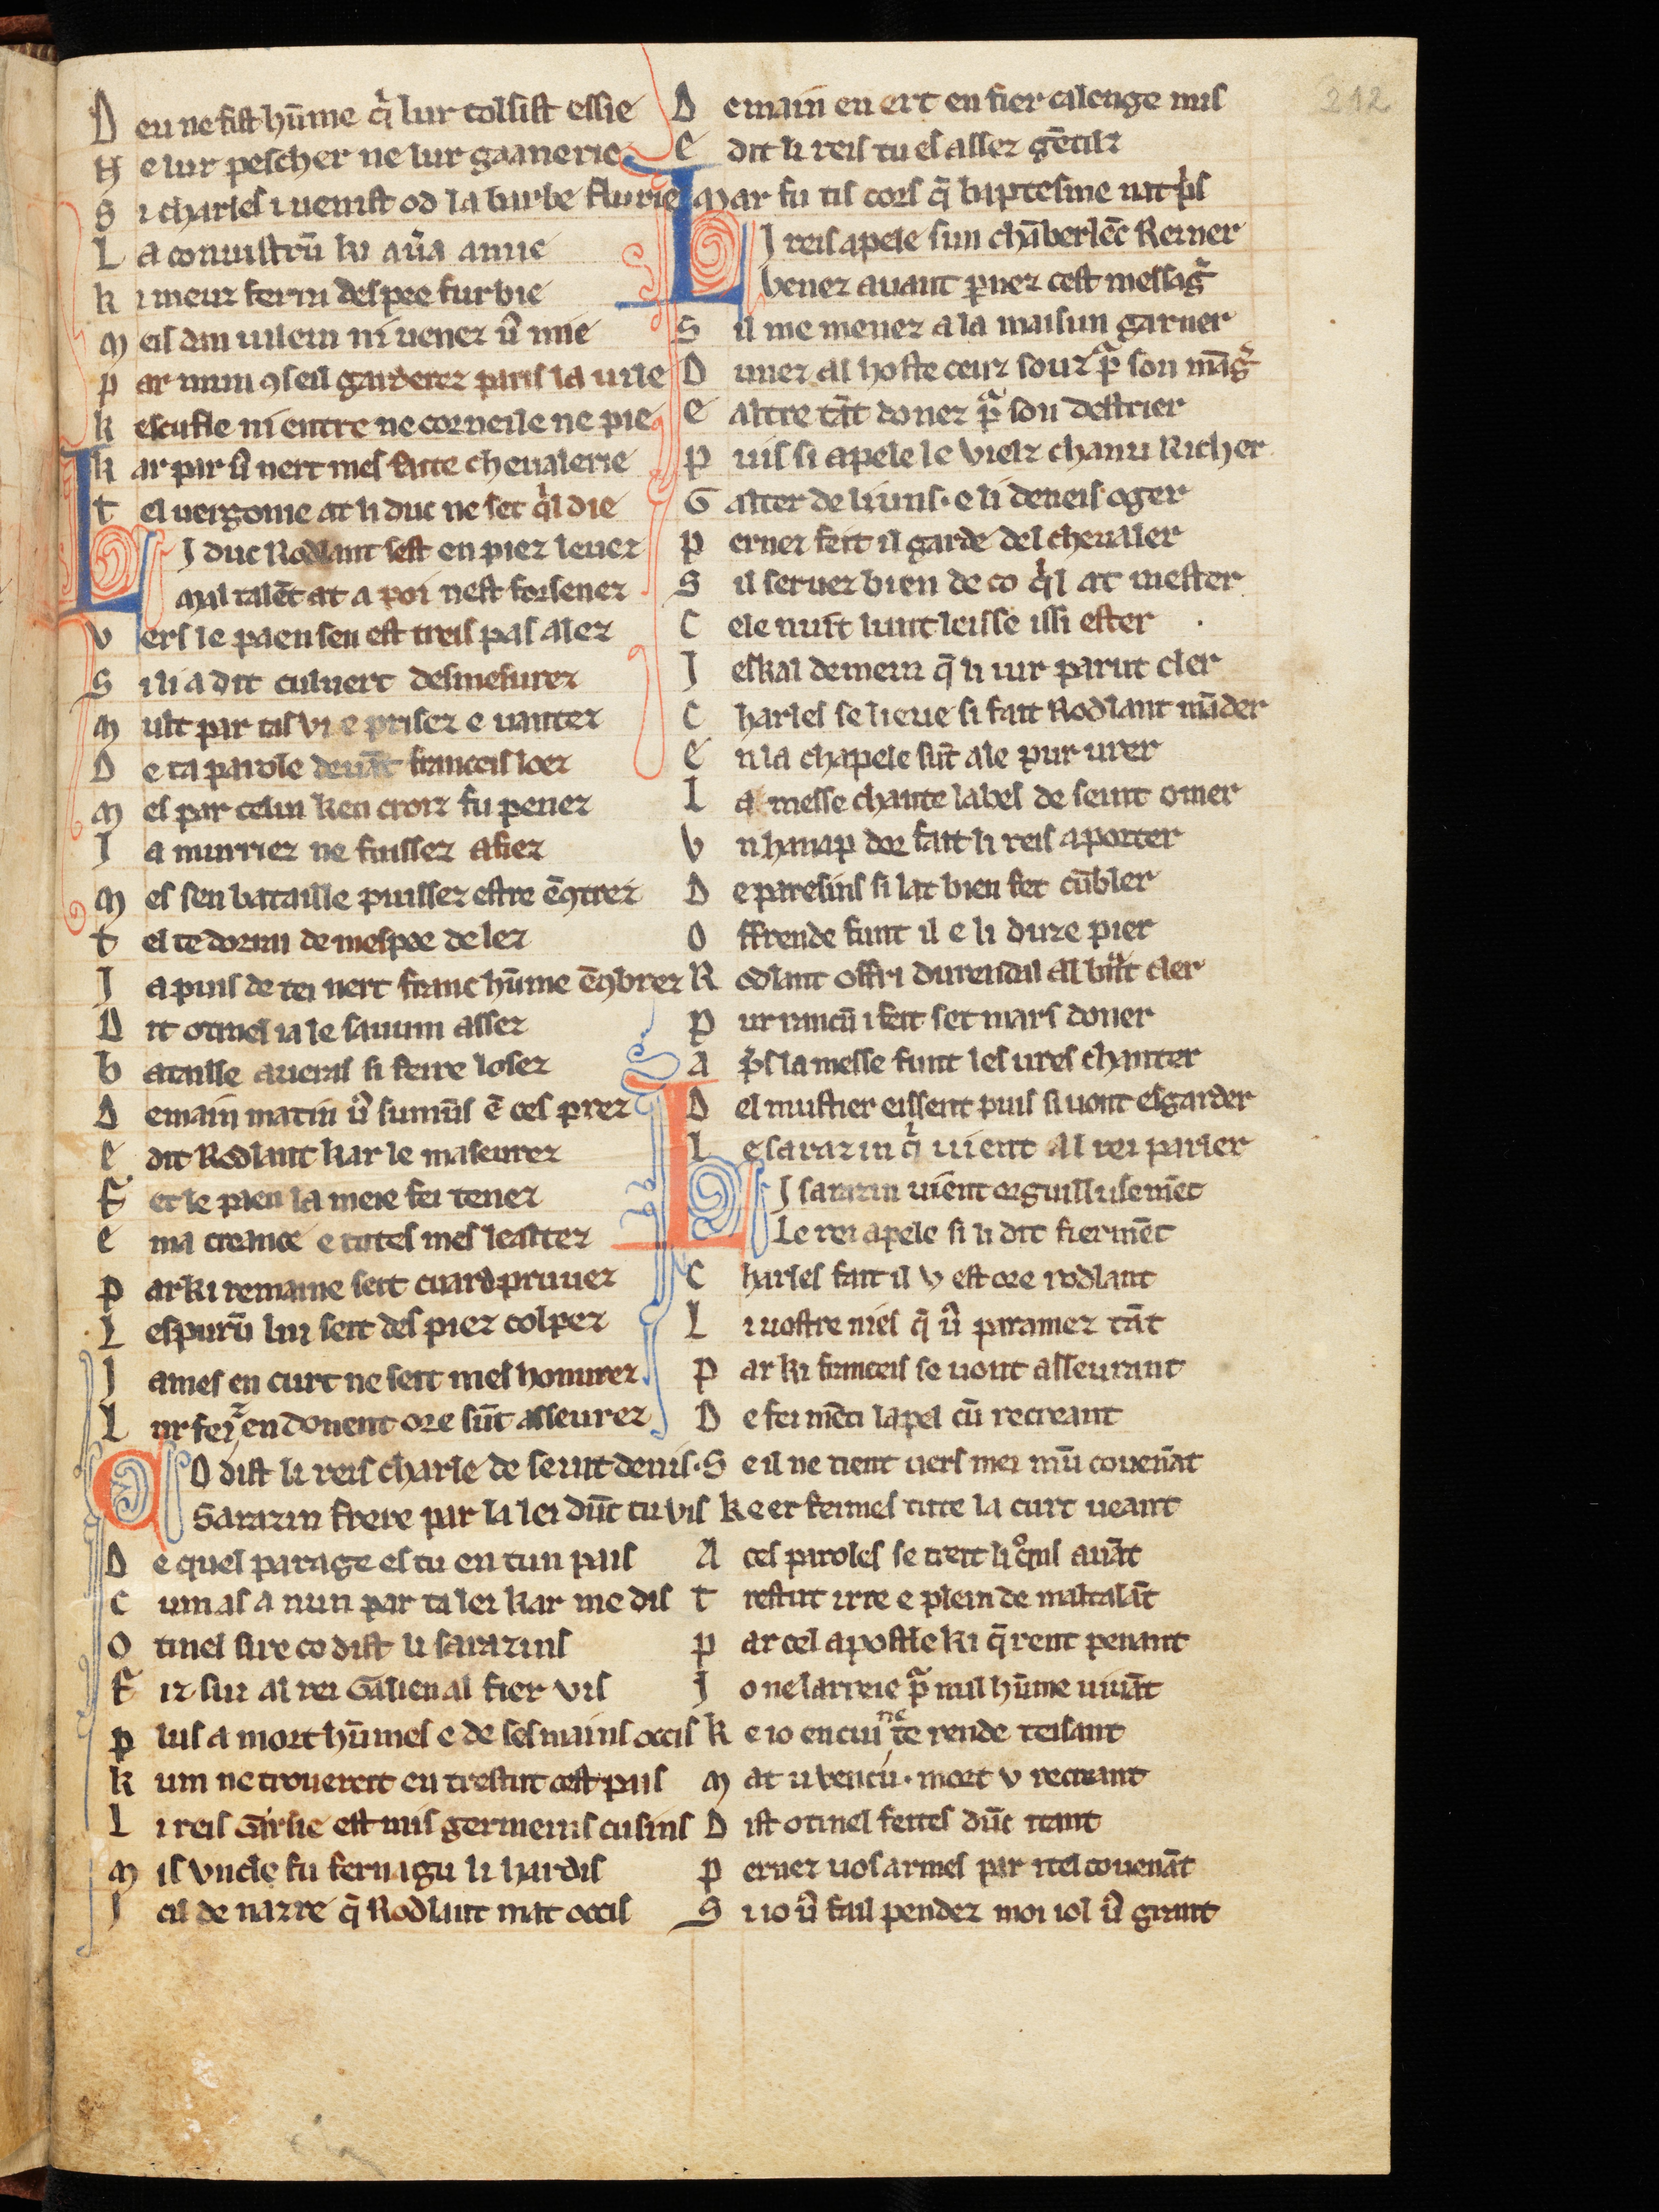
Shelfmark: Cologne, Bodmer, 168
Century: 13